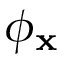
\phi _ { \mathbf { x } }